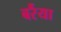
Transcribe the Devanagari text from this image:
बर्रैया